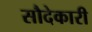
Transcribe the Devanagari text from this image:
सौदेकारी